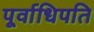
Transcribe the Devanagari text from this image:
पूर्वाधिपति